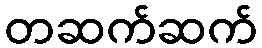
တဆက်ဆက်